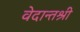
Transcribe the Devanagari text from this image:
वेदान्तश्री